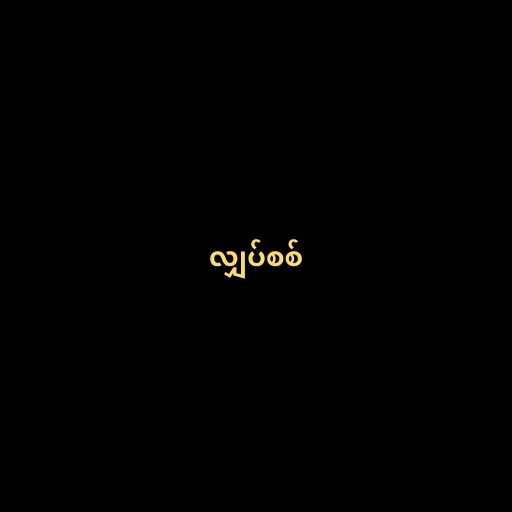
လျှပ်စစ်